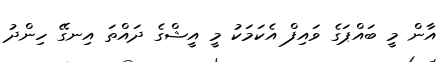
އާން މީ ބައްޕަގެ ވައިފް އެކަމަކު މީ އީޝްގެ ދައްތަ އިނގޭ ހިންދު